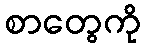
စာတွေကို